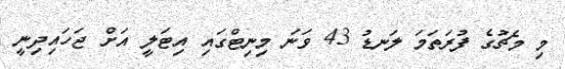
މި މެޗުގެ ފުރަތަމަ ލަނޑު 43 ވަނަ މިނިޓްގައި އިޓަލީ އަށް ޖަހައިދިނީ